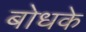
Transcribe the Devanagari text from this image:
बोधके